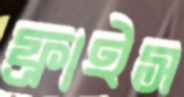
ফ্রাইস